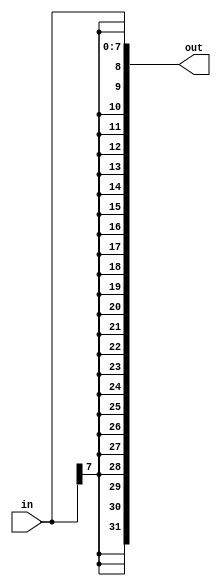
module top_module (
    input [7:0] in,
    output [31:0] out );//
     assign out = { {24{in[7]}} , in[7:0] }; //it assign first 24bits and assigns least bit
endmodule
//assign out = { {24{in[7]}}, in };